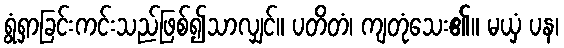
ရွံရှာခြင်းကင်းသည်ဖြစ်၍သာလျှင်။ ပတိတံ၊ ကျတုံသေး၏။ မယှံ ပန၊